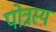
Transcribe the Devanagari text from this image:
पोत्रस्य